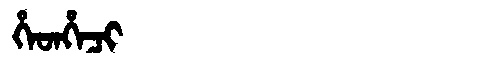
Manchu: ᡥᡝᡨᡥᡝᠴᡳ
Romanization: HETHECI